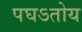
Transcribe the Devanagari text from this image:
पघऽतोय